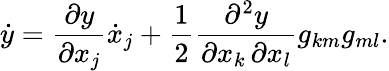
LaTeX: {\dot{y}}={\frac{\partial y}{\partial x_{j}}}{\dot{x}}_{j}+{\frac{1}{2}}{\frac{\partial^{2}y}{\partial x_{k}\, \partial x_{l}}}g_{km}g_{ml}.